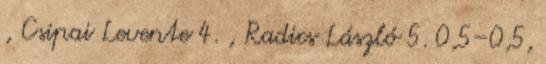
, Csipai Levente 4. , Radics László 5. 0,5–0,5,